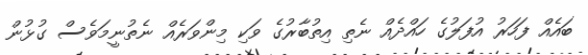
ބައެއް ފަހަރު އުފަލުގެ ހައްދެއް ނެތި އިތުބާރުގެ ވަކި މިންވަރެއް ނެތުނީމަވެސް ގުޅުން